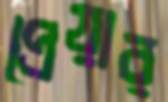
প্রেয়ার